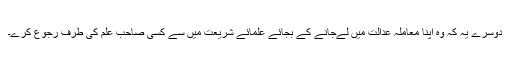
دوسرے یہ کہ وہ اپنا معاملہ عدالت میں لےجانے کے بجائے علمائے شریعت میں سے کسی صاحب علم کی طرف رجوع کرے۔